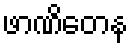
ဖာဏိတေန